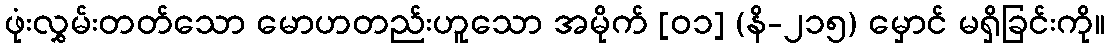
ဖုံးလွှမ်းတတ်သော မောဟတည်းဟူသော အမိုက် [၀၁] (နိ-၂၁၅) မှောင် မရှိခြင်းကို။